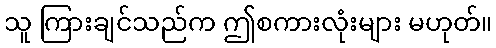
သူ ကြားချင်သည်က ဤစကားလုံးများ မဟုတ်။